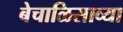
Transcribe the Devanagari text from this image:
बेचाळिसाव्या